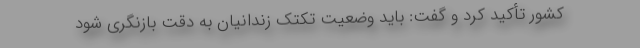
کشور تأکید کرد و گفت: باید وضعیت تکتک زندانیان به دقت بازنگری شود